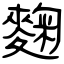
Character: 麴